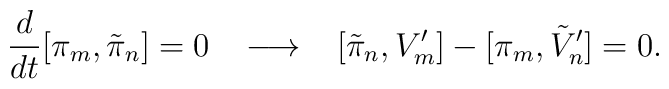
\frac{d}{dt} [\pi_{m} , \tilde{\pi}_{n} ] = 0 \; \; \; \longrightarrow\; \; \; [\tilde{\pi}_{n} , V'_{m}] - [\pi_{m} , \tilde{V}'_{n} ] = 0 .